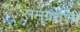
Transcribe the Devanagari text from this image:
समग्रतेशी